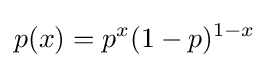
p(x)=p^{x}(1-p)^{1-x}